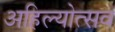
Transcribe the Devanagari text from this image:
अहिल्योत्सव